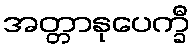
အတ္တာနုပေက္ခီ